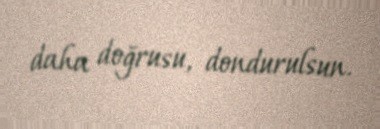
daha doğrusu, dondurulsun.